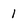
Character: 1